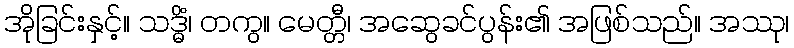
အိုခြင်းနှင့်။ သဒ္ဓိံ၊ တကွ။ မေတ္တီ၊ အဆွေခင်ပွန်း၏ အဖြစ်သည်။ အဿု၊